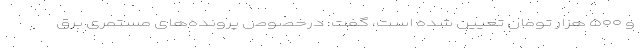
و ۵۰۰ هزار تومان تعیین شده است، گفت: درخصوص پرونده‌های مستمری برق